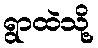
ရွာထဲသို့